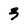
Character: 3